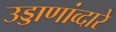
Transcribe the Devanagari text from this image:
उड्डाणांव्दारे